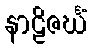
နာဠိဇင်္ဃံ